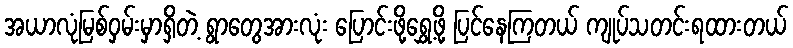
အယာလုံမြစ်ဝှမ်းမှာရှိတဲ့ ရွာတွေအားလုံး ပြောင်းဖို့ရွှေ့ဖို့ ပြင်နေကြတယ် ကျုပ်သတင်းရထားတယ်